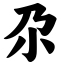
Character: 尕